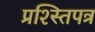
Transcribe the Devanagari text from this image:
प्रश्स्तिपत्र